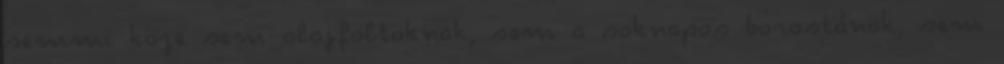
semmi köze sem olajfoltoknak, sem a soknapos borostának, sem